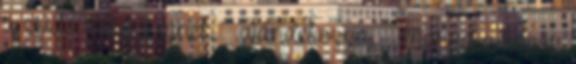
a zsidó hitközségnek ajándékozza. - Marad a kopár